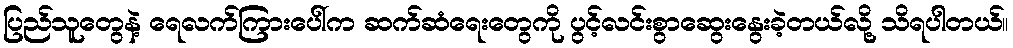
ပြည်သူတွေနဲ့ ရေလက်ကြားပေါ်က ဆက်ဆံရေးတွေကို ပွင့်လင်းစွာဆွေးနွေးခဲ့တယ်လို့ သိရပါတယ်။